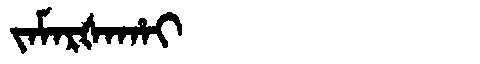
Manchu: ᠵᠠᠮᠠᡵᡧᠠᡥᠠᡳ
Romanization: JAMARŠAHAI